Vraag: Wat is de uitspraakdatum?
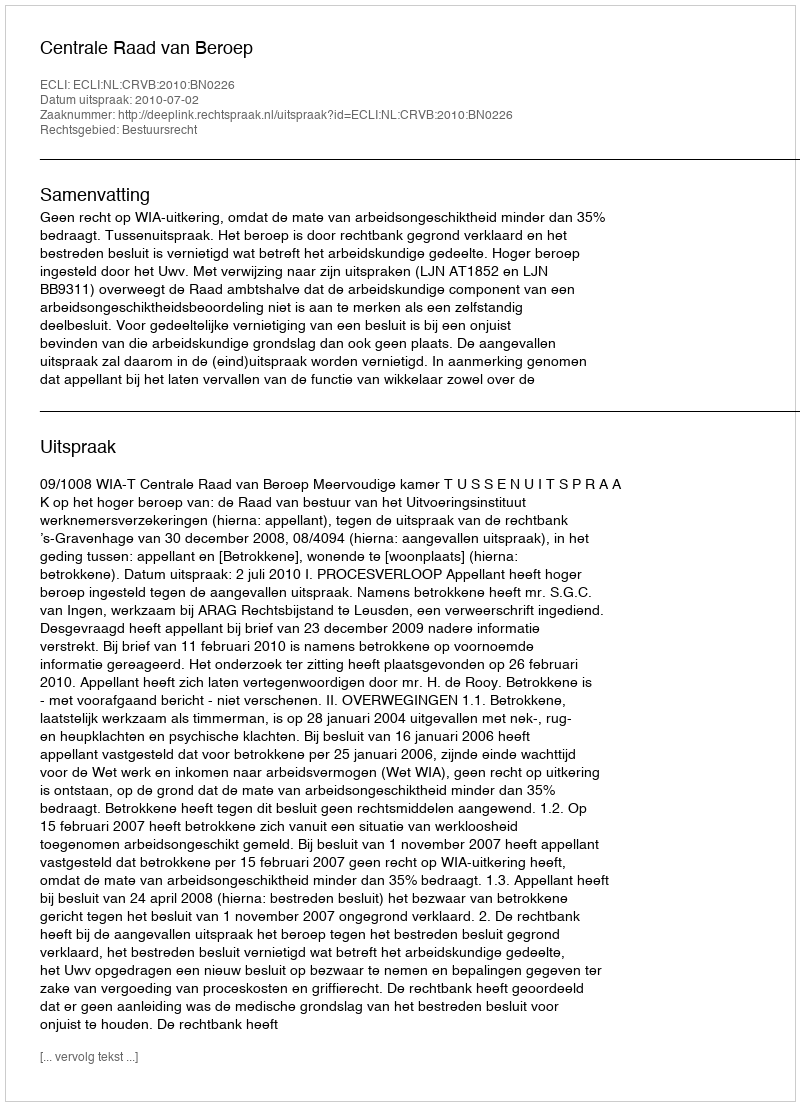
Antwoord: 2010-07-02